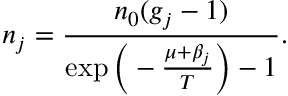
n _ { j } = \frac { n _ { 0 } ( g _ { j } - 1 ) } { \exp { \Big ( - \frac { \mu + \beta _ { j } } { T } \Big ) } - 1 } .